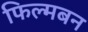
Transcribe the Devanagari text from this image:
फिल्मबन